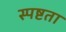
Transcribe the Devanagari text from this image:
स्‍पष्टता